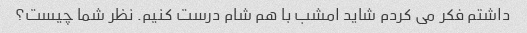
داشتم فکر می کردم شاید امشب با هم شام درست کنیم. نظر شما چیست؟